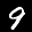
Label: 9